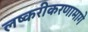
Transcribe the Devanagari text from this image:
लष्करीकरणामागे